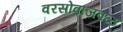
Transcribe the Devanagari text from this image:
वरसोवाजवळ